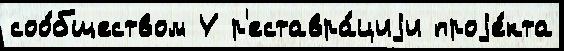
соо́бществом У р'еставра́циjи проjе́кта